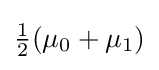
{\textstyle {\frac {1}{2}}(\mu _{0}+\mu _{1})}